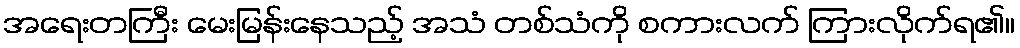
အရေးတကြီး မေးမြန်းနေသည့် အသံ တစ်သံကို စကားလက် ကြားလိုက်ရ၏။